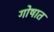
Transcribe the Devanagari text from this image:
गोषात